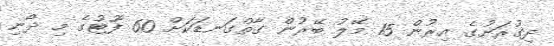
ދިގުރަށުގެ އިރުން 15 މޭލު ބޭރުން ގާތްގަނޑަކަށް 60 ފޫޓުގެ މި ދޯނި